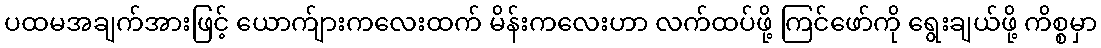
ပထမအချက်အားဖြင့် ယောက်ျားကလေးထက် မိန်းကလေးဟာ လက်ထပ်ဖို့ ကြင်ဖော်ကို ရွေးချယ်ဖို့ ကိစ္စမှာ